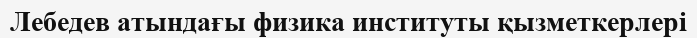
Лебедев атындағы физика институты қызметкерлері